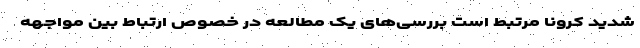
شدید کرونا مرتبط است بررسی‌های یک مطالعه در خصوص ارتباط بین مواجهه